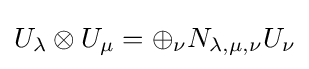
U_{\lambda }\otimes U_{\mu }=\oplus _{\nu }N_{\lambda ,\mu ,\nu }U_{\nu }